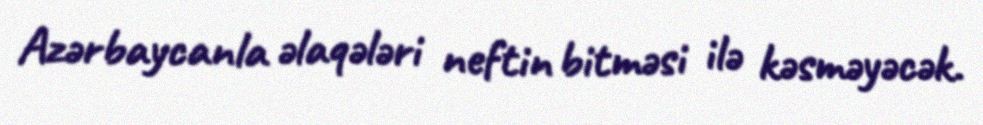
Azərbaycanla əlaqələri neftin bitməsi ilə kəsməyəcək.